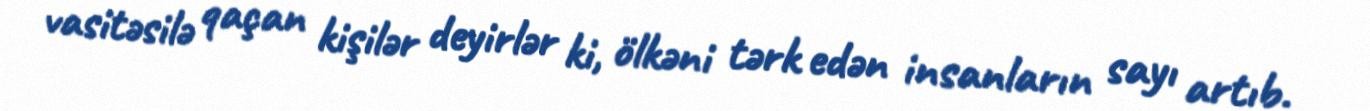
vasitəsilə qaçan kişilər deyirlər ki, ölkəni tərk edən insanların sayı artıb.